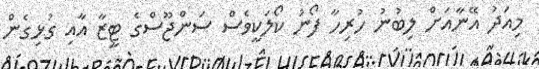
މިއަދު އޭނާއަށް ލިބުނު ހުރިހާ ފޯނު ކޯލަކީވެސް ސަންޖޫސްގެ ޓީޒާ އާއި ގުޅިގެން